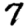
Digit: 7